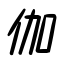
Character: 伽